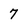
Character: 7